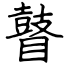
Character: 瞽